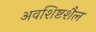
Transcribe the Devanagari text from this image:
अवशिष्टशैल